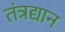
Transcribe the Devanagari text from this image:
तंत्रद्यान